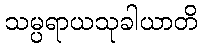
သမ္ပရာယသုခါယာတိ